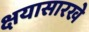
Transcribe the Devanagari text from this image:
क्षयासारखे